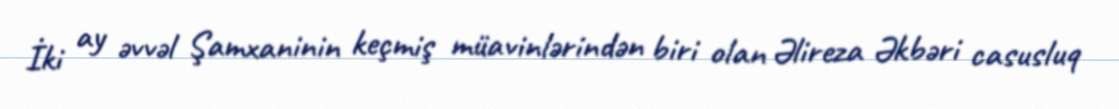
İki ay əvvəl Şamxaninin keçmiş müavinlərindən biri olan Əlireza Əkbəri casusluq